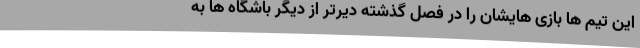
این تیم ها بازی هایشان را در فصل گذشته دیرتر از دیگر باشگاه ها به